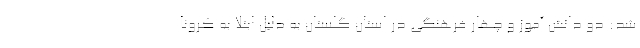
شد: دو دانش آموز و چهار فرهنگی در استان گلستان به دلیل ابتلا به کرونا